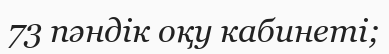
73 пәндік оқу кабинеті;